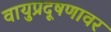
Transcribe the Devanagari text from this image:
वायुप्रदूषणावर